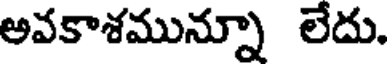
అవకాశమున్నూ లేదు.